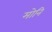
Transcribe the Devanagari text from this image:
मोनि